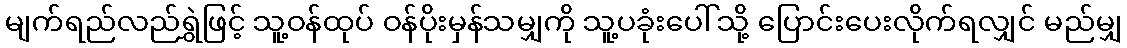
မျက်ရည်လည်ရွှဲဖြင့် သူ့ဝန်ထုပ် ဝန်ပိုးမှန်သမျှကို သူ့ပခုံးပေါ်သို့ ပြောင်းပေးလိုက်ရလျှင် မည်မျှ